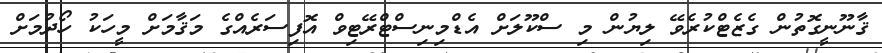
ޤާނޫނީގޮތުން ގެޒެޓްކުރެވޭ ލިޔުން މި ސްކޫލަށް އެޑްމިނިސްޓްރޭޓިވް އޮފިސަރެއްގެ މަޤާމަށް މީހަކު ހޯދުމަށް